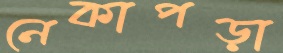
নেকাপড়া